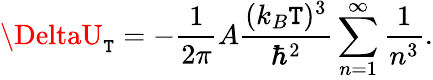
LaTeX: \DeltaU_{\mathtt{T}}=-{\frac{{1}}{{2\pi}}}A{\frac{{(k_{B}\mathtt{T})^{3}}}{{\hbar^{2}}}}\sum_{n=1}^{\infty}{\frac{{1}}{{n^{3}}}}.